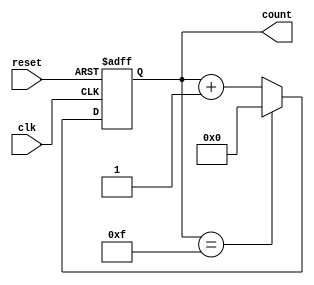
module ModulusCounter (
    input wire clk,
    input wire reset,
    output wire [3:0] count
);

reg [3:0] count_reg;

always @(posedge clk or posedge reset) begin
    if (reset) begin
        count_reg <= 4'b0000;
    end else begin
        if (count_reg == 4'b1111) begin
            count_reg <= 4'b0000;
        end else begin
            count_reg <= count_reg + 1;
        end
    end
end

assign count = count_reg;

endmodule